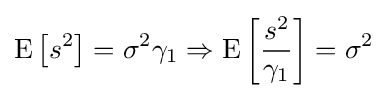
{\rm {E}}\left[s^{2}\right]=\sigma ^{2}\gamma _{1}\Rightarrow {\rm {E}}\left[{\frac {s^{2}}{\gamma _{1}}}\right]=\sigma ^{2}